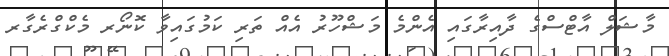
މާޝަލް އާޓްސްގެ ދާއިރާގައި އެންމެ މަޝްހޫރު އެއް ތަރި ކަމުގައިވާ ކޮނޯރ މެކްގްރެގާރ